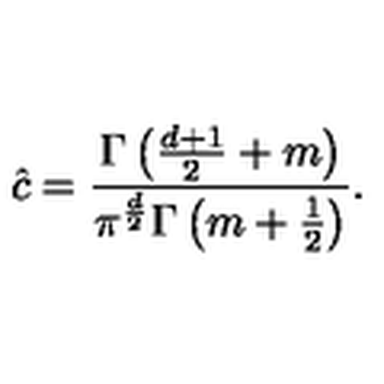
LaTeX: \hat { c } = \frac { \Gamma \left( \frac { d + 1 } { 2 } + m \right) } { \pi ^ { \frac { d } { 2 } } \Gamma \left( m + \frac 1 2 \right) } .